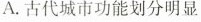
A.古代城市功能划分明显